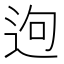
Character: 𨒡